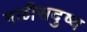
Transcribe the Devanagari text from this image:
नळीसदुष्य